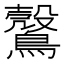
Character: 𪆪